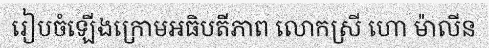
រៀបចំឡើងក្រោមអធិបតីភាព លោកស្រី ហោ ម៉ាលីន